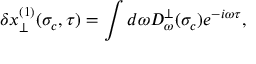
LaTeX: \delta x _ { \perp } ^ { ( 1 ) } ( \sigma _ { c } , \tau ) = \int d \omega D _ { \omega } ^ { \perp } ( \sigma _ { c } ) e ^ { - i \omega \tau } ,